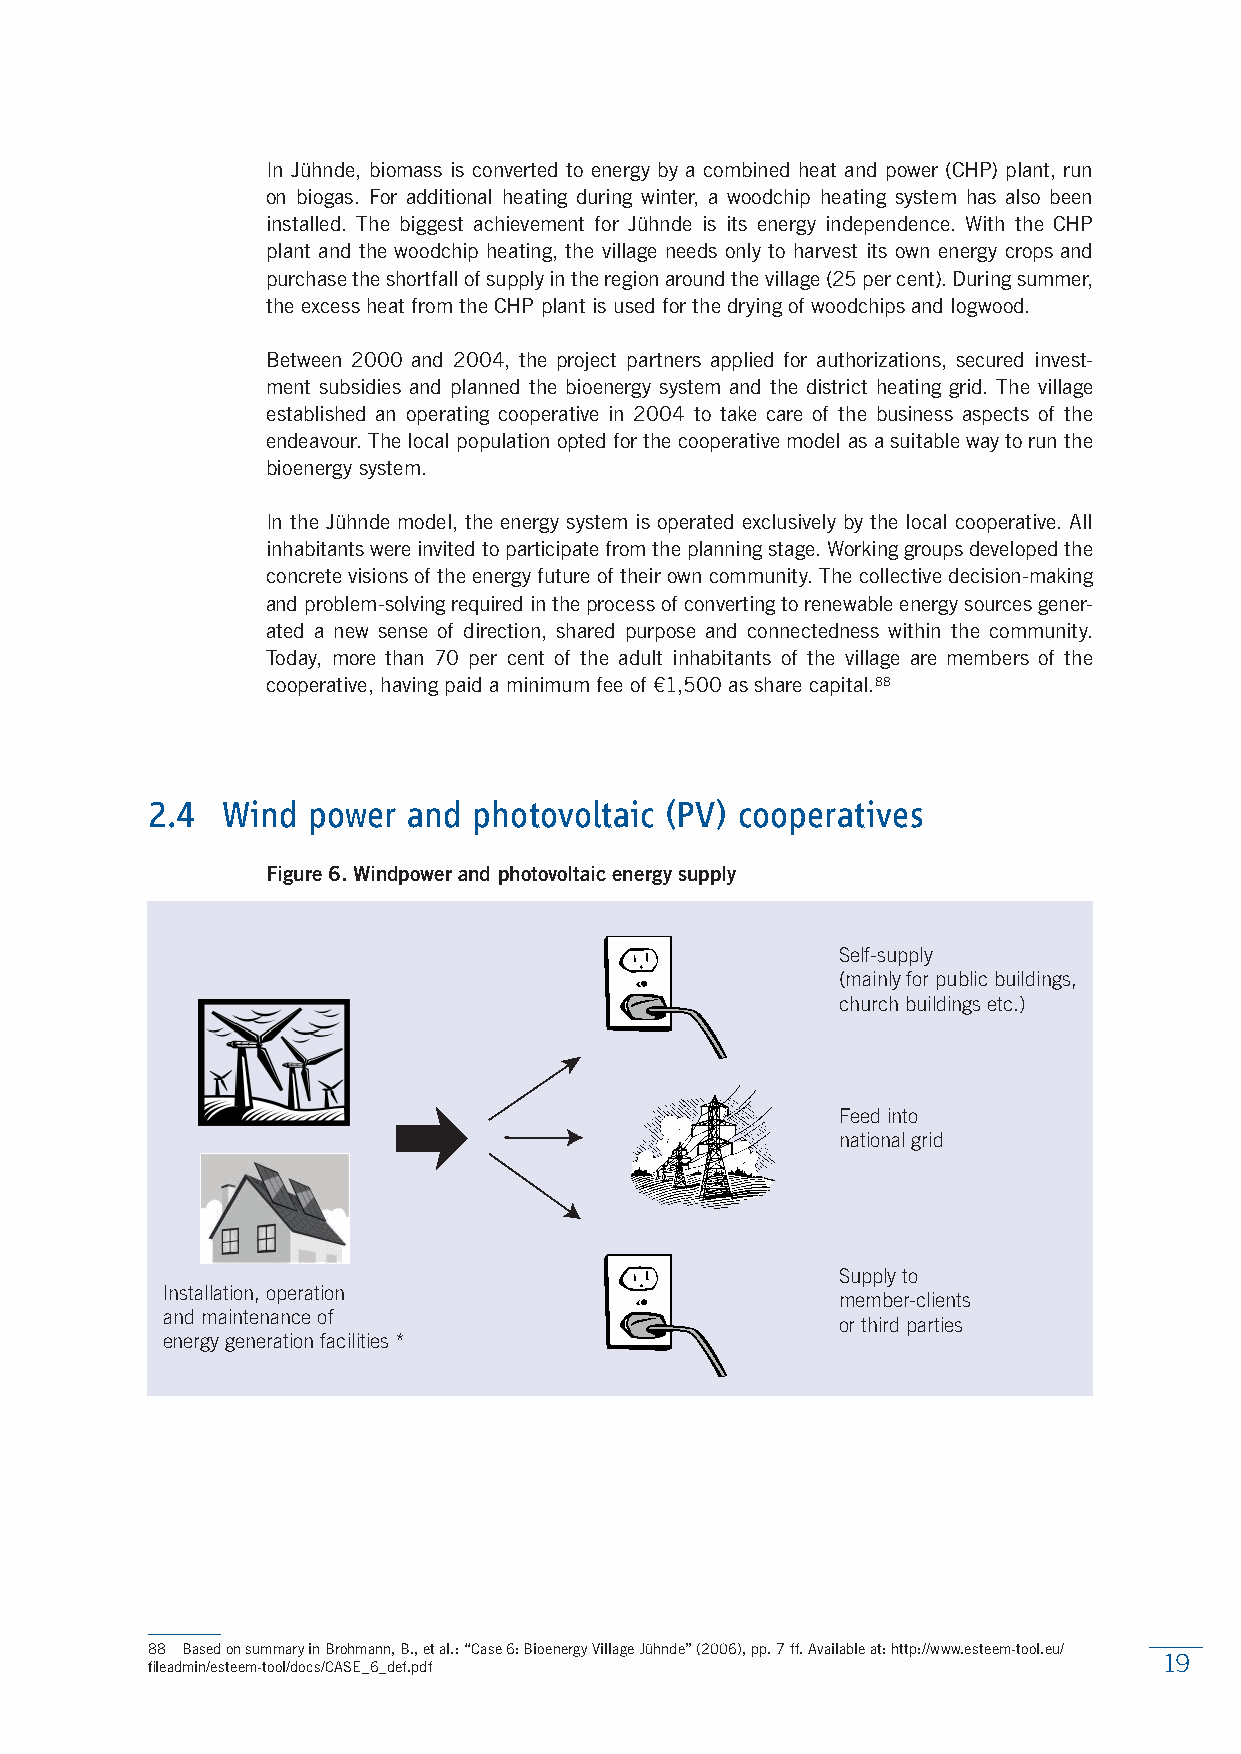
In Jühnde, biomass is converted to energy by a combined heat and power (CHP) plant, run
 on biogas. For additional heating during winter, a woodchip heating system has also been
 installed. The biggest achievement for Jühnde is its energy independence. With the CHP
 plant and the woodchip heating, the village needs only to harvest its own energy crops and
 purchase the shortfall of supply in the region around the village (25 per cent). During summer,
 the excess heat from the CHP plant is used for the drying of woodchips and logwood.
 Between 2000 and 2004, the project partners applied for authorizations, secured invest-
 ment subsidies and planned the bioenergy system and the district heating grid. The village
 established an operating cooperative in 2004 to take care of the business aspects of the
 endeavour. The local population opted for the cooperative model as a suitable way to run the
 bioenergy system.
 In the Jühnde model, the energy system is operated exclusively by the local cooperative. All
 inhabitants were invited to participate from the planning stage. Working groups developed the
 concrete visions of the energy future of their own community. The collective decision-making
 and problem-solving required in the process of converting to renewable energy sources gener-
 ated a new sense of direction, shared purpose and connectedness within the community.
 Today, more than 70 per cent of the adult inhabitants of the village are members of the
 cooperative, having paid a minimum fee of €1,500 as share capital.88
 2.4  Wind power  and photovoltaic (PV) cooperatives
 Figure 6. Windpower and photovoltaic energy supply
 Self-supply
 (mainly for public buildings,
 church buildings etc.)
 Feed into
 national grid
 Supply to
 Installation, operation
 member-clients
 and maintenance of
 or third parties
 energy generation facilities *
 88 Based on summary in Brohmann, B., et al.: “Case 6: Bioenergy Village Jühnde” (2006), pp. 7 ff. Available at: http://www.esteem-tool.eu/
 19
 fileadmin/esteem-tool/docs/CASE_6_def.pdf